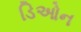
ડિઓન